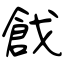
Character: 戧